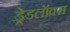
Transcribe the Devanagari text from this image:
ड्रेडलॉक्स